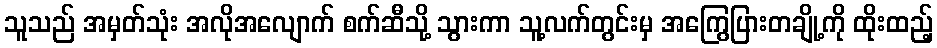
သူသည် အမှတ်သုံး အလိုအလျောက် စက်ဆီသို့ သွားကာ သူ့လက်တွင်းမှ အကြွေပြားတချို့ကို ထိုးထည့်